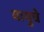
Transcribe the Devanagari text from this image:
वायुचे